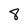
Character: 8